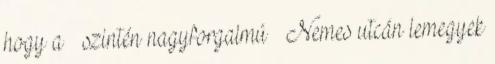
hogy a – szintén nagyforgalmú – Nemes utcán lemegyek